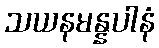
သယနမန္နပါနံ